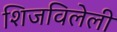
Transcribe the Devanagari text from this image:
शिजविलेली